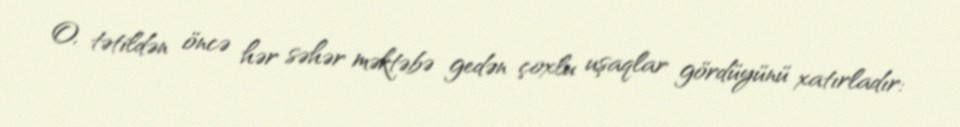
O, tətildən öncə hər səhər məktəbə gedən çoxlu uşaqlar gördüyünü xatırladır: